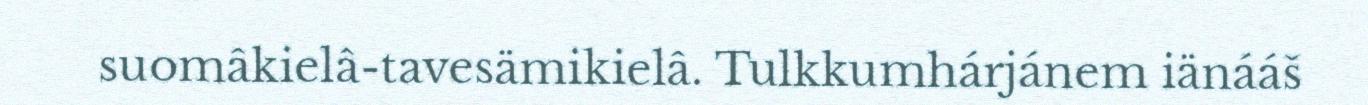
suomâkielâ-tavesämikielâ. Tulkkumhárjánem iänááš